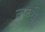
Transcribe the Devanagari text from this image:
तफरी